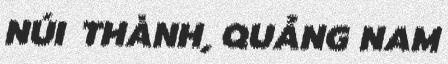
NÚI THÀNH, QUẢNG NAM